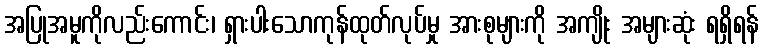
အပြုအမူကိုလည်းကောင်း၊ ရှားပါးသောကုန်ထုတ်လုပ်မှု အားစုများကို အကျိုး အများဆုံး ရရှိရန်